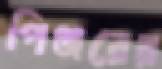
পিঞ্জরের